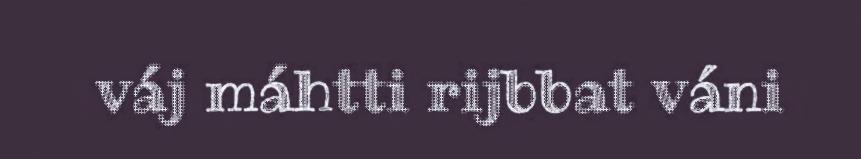
váj máhtti rijbbat váni